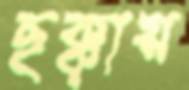
ছক্কায়